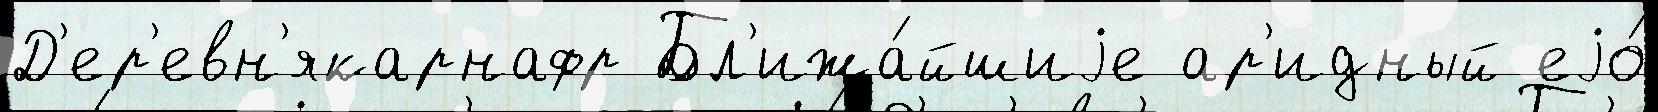
Д'ер'евн'якарнафр Бл'ижа́йшиjе ар'идный еjо́